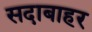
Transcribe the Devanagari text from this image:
सदाबाहर